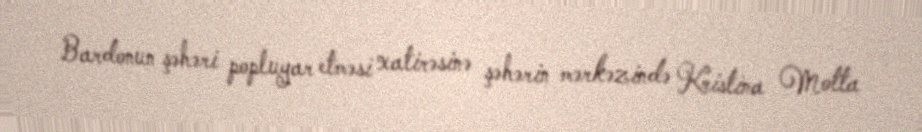
Bardonun şəhəri popluyar etməsi xatirəsinə şəhərin mərkəzində Kristina Motta